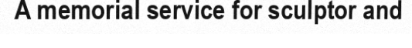
A memorial service for sculptor and